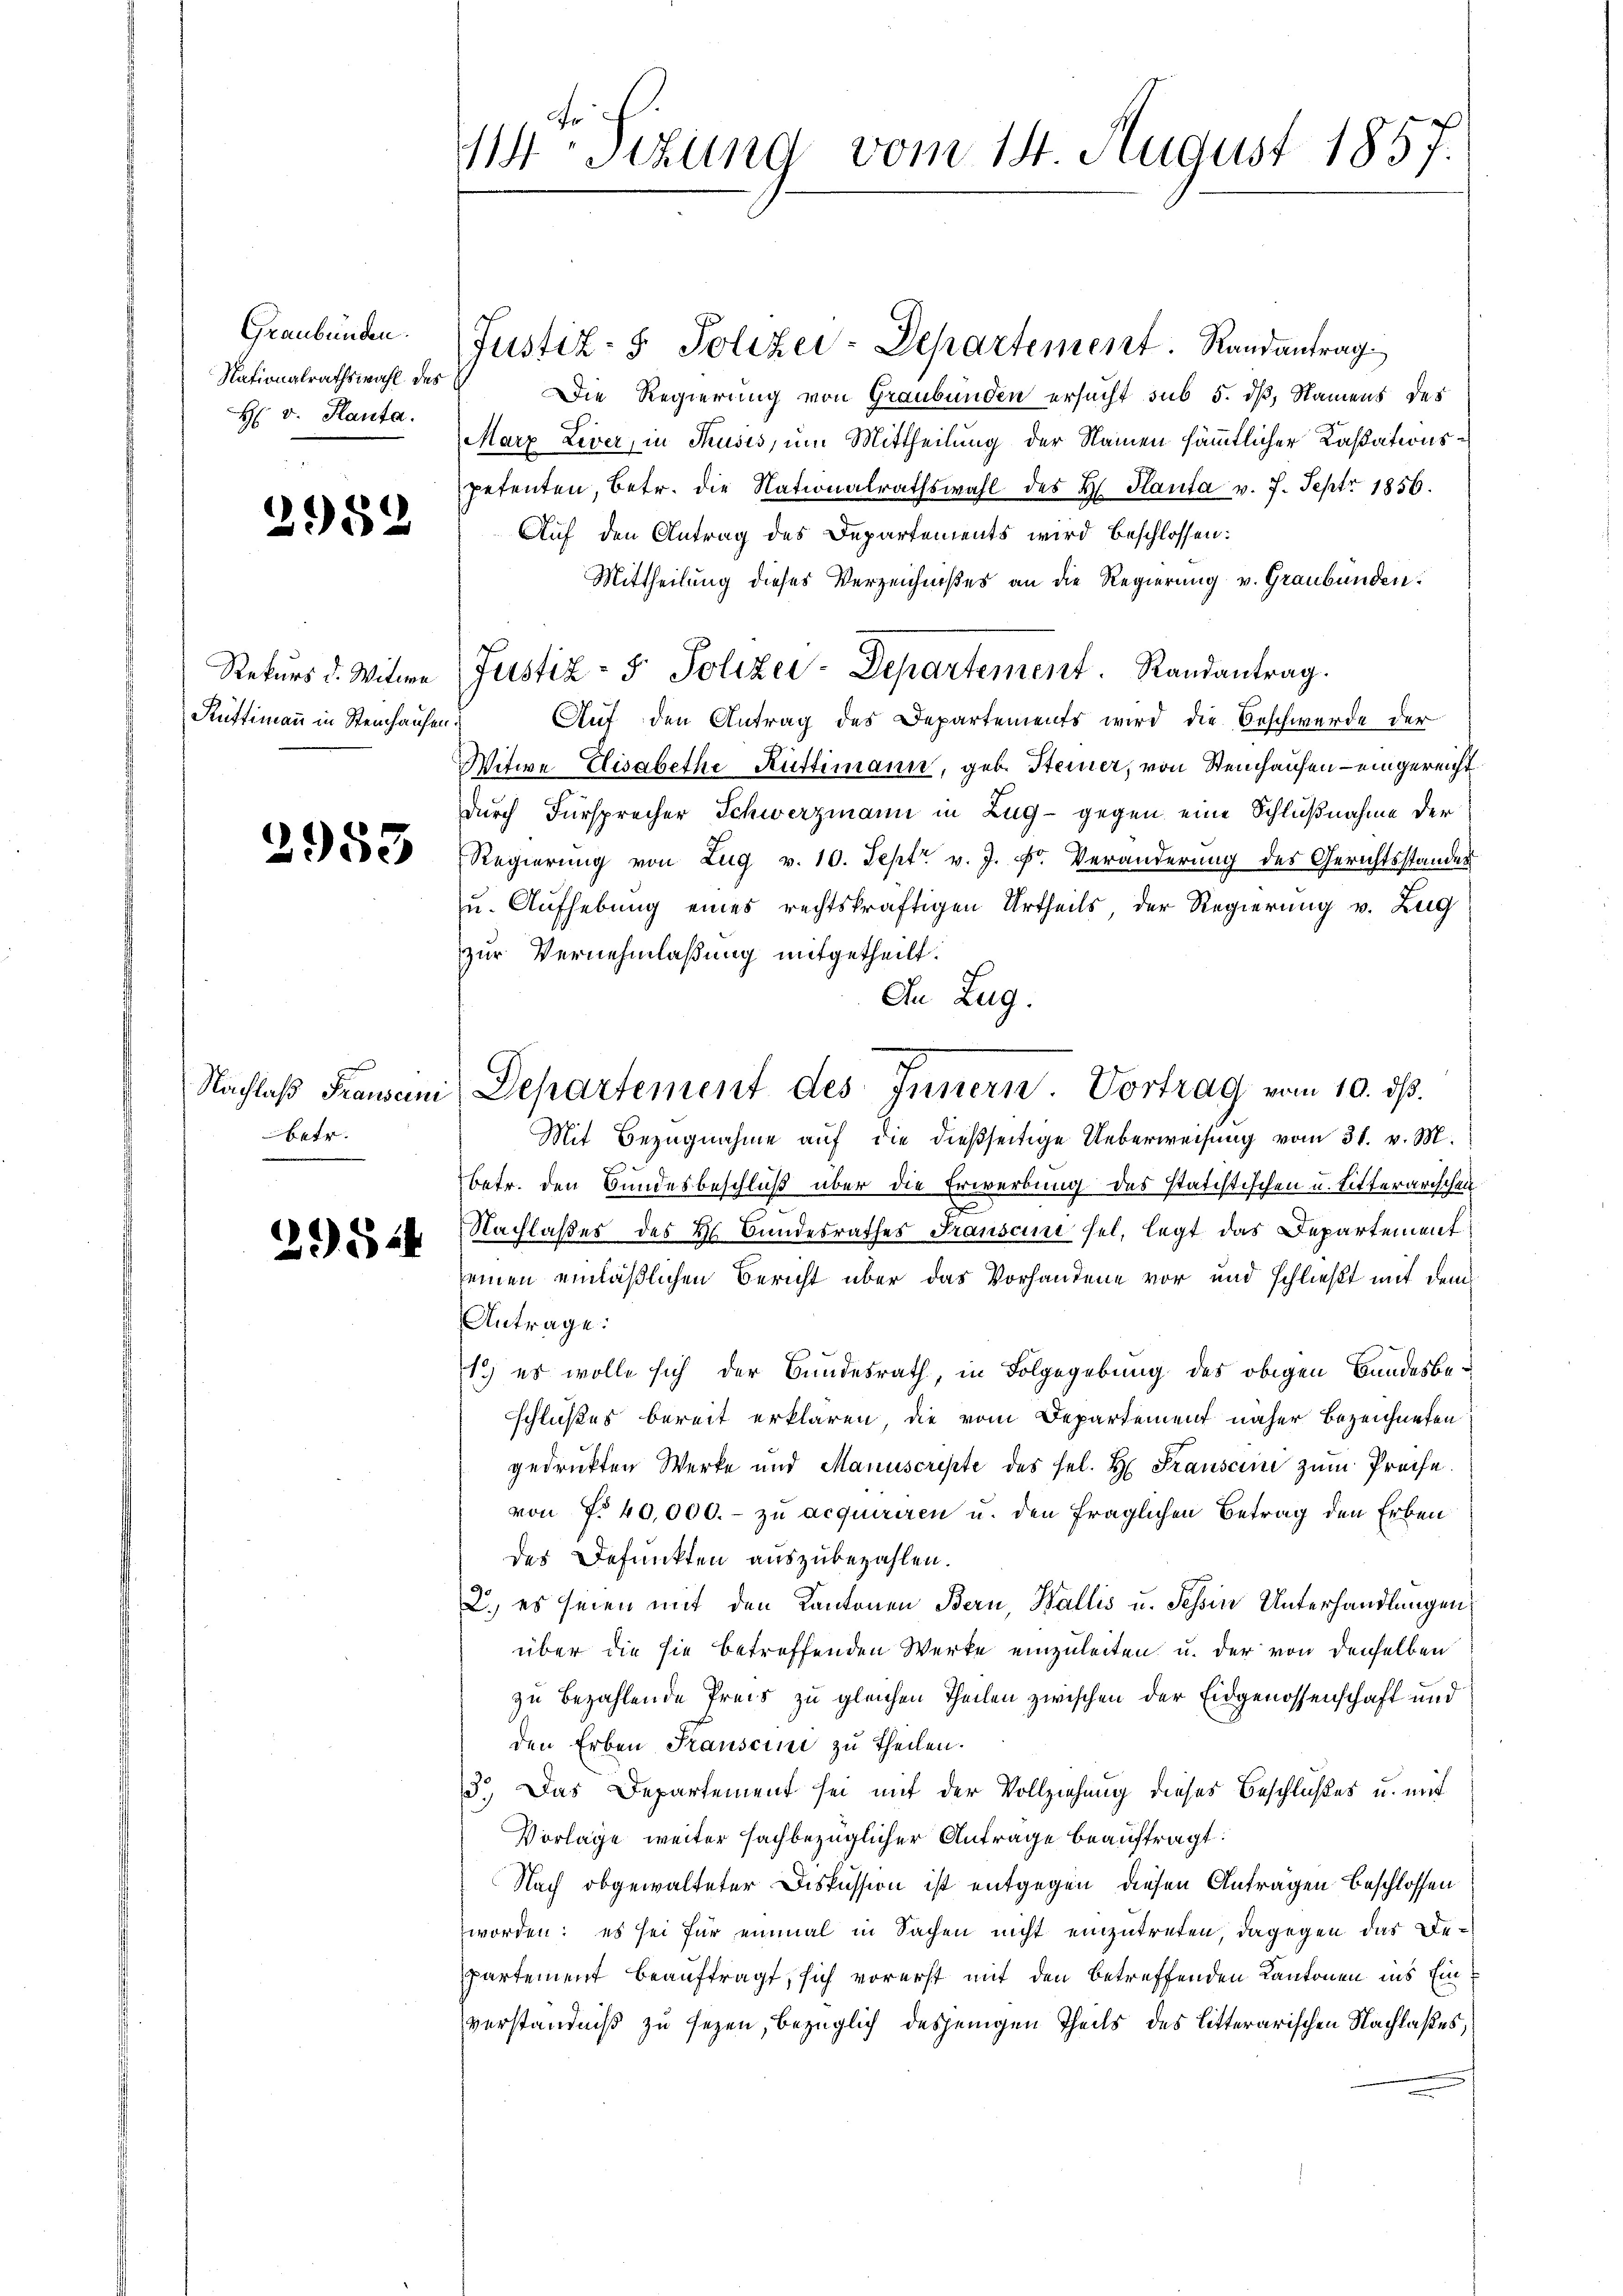
Graubünden.
Nationalrathswahl des
H: v. Planta.

2982

Rekurs d. Witwe
Rüttimann in Steinhause

2955

Nachlaß Frausein
betr.

29544

Sezung vom 14. August 1857.

Justiz- & Polizei-Departement. Randantrag
Die Regierung von Graubünden ersucht sub 5. dß, Namens des
Marz Liver, in Thusis, um Mittheilung der Namen sämmtlicher Kassationspetenten, betr. die Nationalrathswahl des H. Planta v. 7. Sept 1856.
Auf den Antrag des Departements wird beschlossen:
Mittheilung dieses Verzeichnißes an die Regierung v. Graubünden.
Justiz- & Polizei-Departement. Randantrag.
Auf den Antrag des Departements wird die Beschwerde der
d
Witwe Elisabethe Rüttimann, geb. Steiner, von Steinhausen – eingereicht
durch Fürsprecher Schwerzmann in Zug- gegen eine Schlußnahme der
Regierung von Zug v. 10. Sept v. J. F. Veränderung des Gerichtsstandes
u. Aufhebung eines rechtskräftigen Urtheils der Regierung v. Zug
zur Vernehmlaßung mitgetheilt.
In Zug.
Mit Bezugnahme auf die dießseitige Ueberweisung vom 31. v. M.
betr. den Bundesbeschluß über die Erwerbung des statistischen u. Litterarischen
d
Nachlaßes des H. Bundesrathes Transein sei, legt das Departement
seinen einläßlichen Bericht über das Vorhandene vor und schließt mit dem
Antrage:
1.) es wolle sich der Bundesrath, in Folgegebung des obigen Bandesbeschlußes bereit erklären, die vom Departement näher Bezeichneten
gedruckten Werke und Manuscripte des sel. H. Frausein zum Preise
von No 40,000.- zu acquiriren u. den fraglichen Betrag den Erben
des Defunkten auszubezahlen.
2. es seien mit den Kantonen Bern, Wallis u. Tessin Unterhandlungen
über die sie betreffenden Werke einzuleiten u. der von denselben
zu bezahlende Preis zu gleichen Theilen zwischen der Eidgenossenschaft und
den Erben Transcini zu Theilen.
3.) Das Departement sei mit der Vollziehung dieses Beschlußes u. mit
Vorlage weiter sachbezüglicher Antrage beauftragt:
Nach obgewalteter Diskussion ist entgegen diesen Antragen beschlossen
worden: es sei für einmal in Sachen nicht einzutreten, dagegen das Departement beauftragt, sich vorerst mit den betreffenden Kantonen ins Einverständniß zu sezen, bezüglich desjenigen Theils des Litterarischen Nachlaßes,

Departement des Innern. Vortrag vom 10. dß.